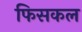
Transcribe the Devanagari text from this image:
फिसकल